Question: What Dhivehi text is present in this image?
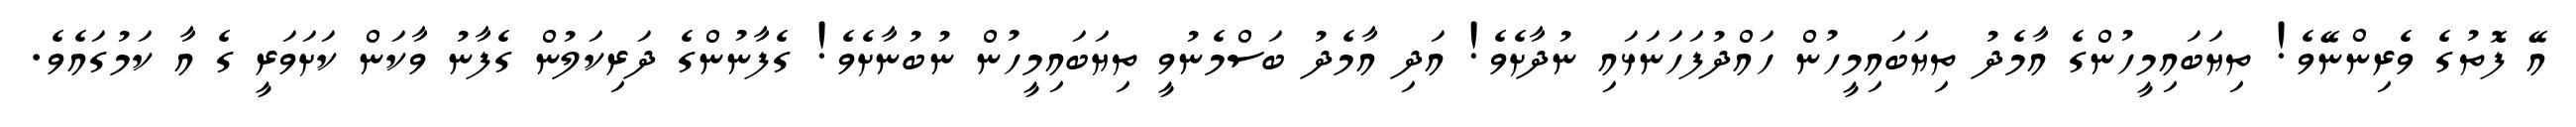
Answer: އޭ ފޮތުގެ ވެރިންނޭވެ! ތިޔަބައިމީހުންގެ އާމެދު ތިޔަބައިމީހުން ހައްދުފަހަނަޅައި ނުދާށެވެ! އަދި އާމެދު ބަސްމެނުވީ ތިޔަބައިމީހުން ނުބުނާށެވެ! ގެފާނުންގެ ދަރިކަލުން ގެފާނު ވާކަން ކަށަވަރީ ގެ އާ ކަމުގައެވެ.